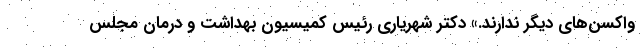
واکسن‌های دیگر ندارند.» دکتر شهریاری رئیس کمیسیون بهداشت و درمان مجلس